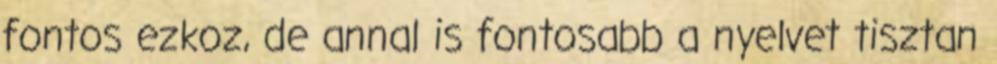
fontos ezkoz, de annal is fontosabb a nyelvet tisztan